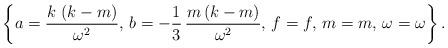
LaTeX: \begin{align*}\left\{ a=\frac{k\,\left( k-m \right)}{\omega^2},\,b=-\frac{1}{3}\,\frac{m \left(k-m \right) }{\omega^2},\,f=f,\,m=m,\,\omega=\omega \right\}.\end{align*}